Kloostri_vallavalitsus, lk 27
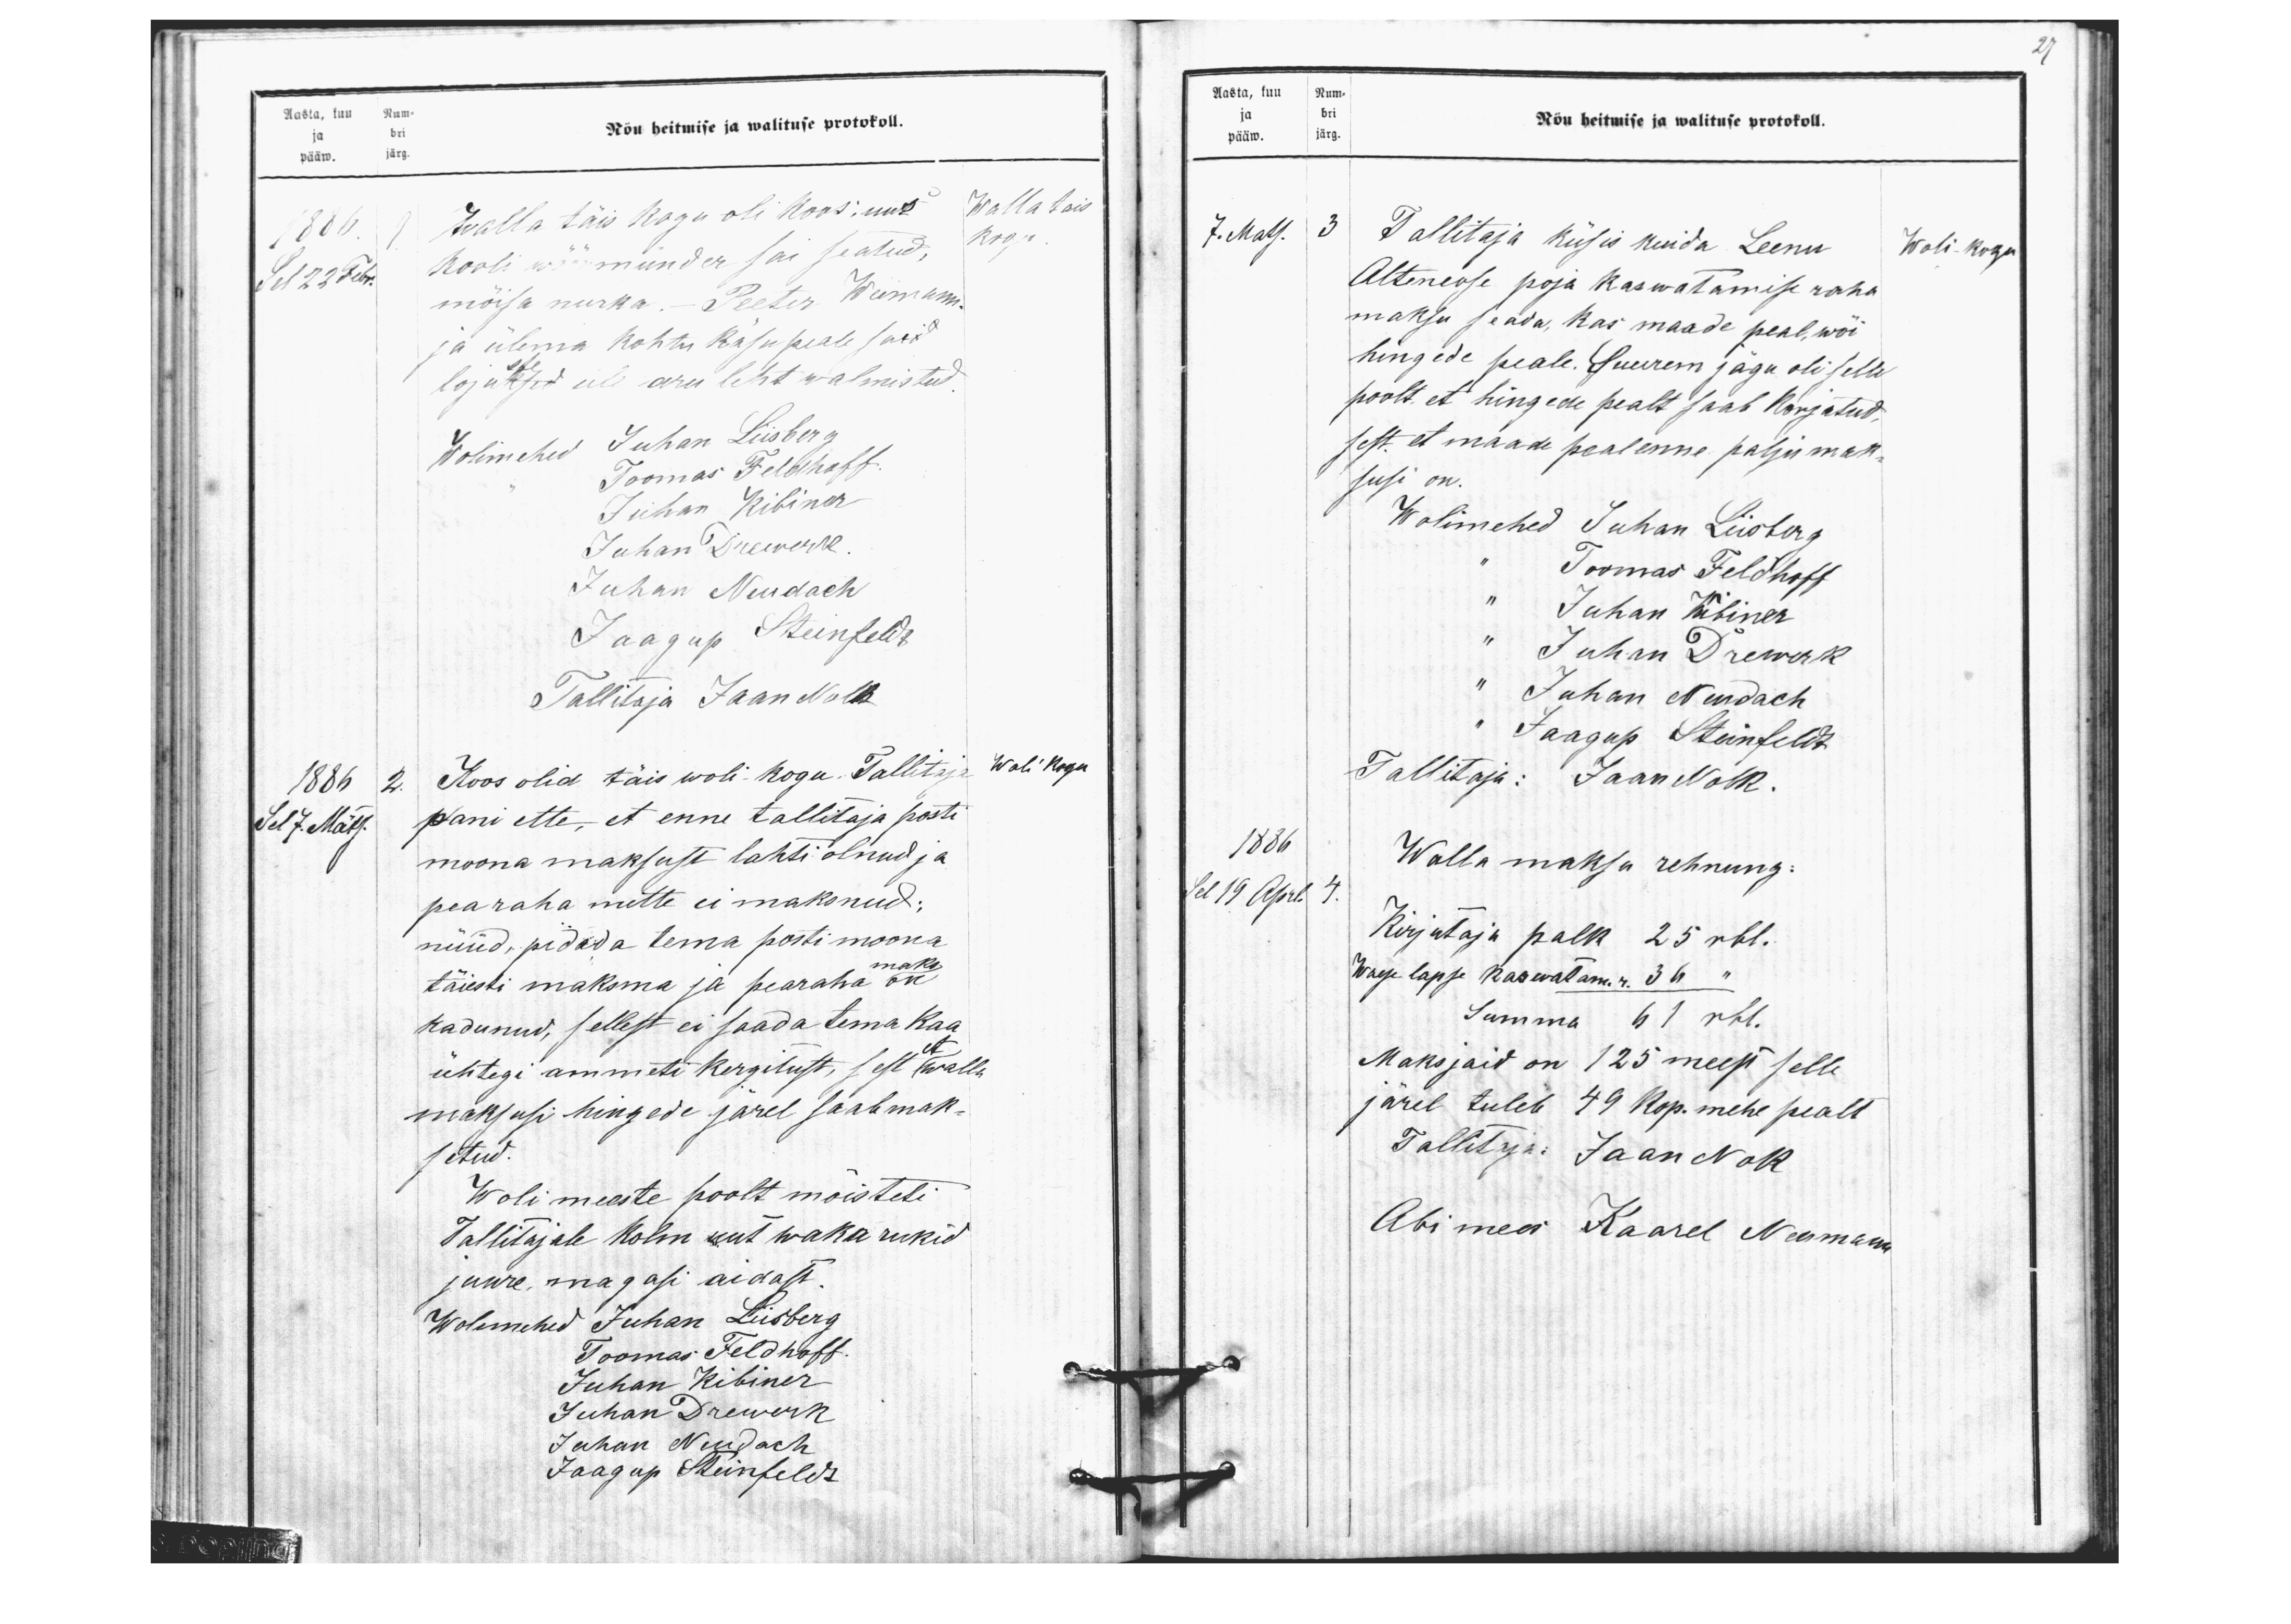
Aasta, kuu Num-
Nõu heitmise ja walituse protokoll.
ja bri
pääw. järg.
Walla tais
1886.
Walla täis kogu oli koos uus
Wallatais
kooli wöörmünder sai seatud,
Sel 22 Febr.
kogu
mõisa nurka. - Peeter Weimann
ja ülema kohtu kasupeale said
ste
lojuksed üle aru leht walmistud
Wolimehed Juhan Liisberg
Toomas Feldhoff.
Juhan Kibiner
Juhan Drewerk
Juhan Neudach
Jaagup Steinfeldt
Tallitaja Jaan Nolk
1886
2. Koos olid täis woli-kogu. Tallitaja
Woli Kogu
Sel 7. Mäts.
pani ette, et enne tallitaja posti
moona maksust lahti olnud ja
pearaha mitte ei maksnud;
nüüd, pidada tema posti moona
maks
täiesti maksma ja pearaha on
kadunud, sellest ei saada tema kaa-
et
ühtegi ammeti kergitust, sest walla
maksusi hingede järel saab mak-
setud.
Woli meeste poolt mõisteti
Tallitajale kolm uut waka rukid
juure magasi aidast.
Wolimehed Juhan Liisberg
Toomas Feldhoff.
Juhan Kibiner
Juhan Drewerk
Juhan Neudach
Jaagup Steinfeldt

Aasta, kuu Num-
ja bri
pääw. järg.
Nõu heitmise ja walituse protokoll.
7. Mats.
3 Tallitaja küsis kuida Leenu
Woli-kogu
Alteneose poja kaswatamise raha
maksu seada, kas maade peal, wõi
hingede peale. Suurem jagu oli selle
poolt, et hingede pealt saab korjatud,
sest et maade peal enne palju mak-
susi on
Wolimehed Juhan Liisberg
" Toomas Feldhoff
" Juhan Kibiner
" Juhan Drewak
" Juhan Nendach
" Jaagup Steinfeldt
Tallitaja: Jaan Nolk.
1886
Walla maksu rehnung.
Sel 19 Aprl 4
4.
Kirjutaja palk 25 rbl.
Waese lapse kaswatam. r. 36 "
Summa 61 rbl.
Maksjaid on 125 meest selle
järel tuleb 49 kop. mehe pealt
Tallitaja: Jaan Nolk
Abimees Kaarel Neumann